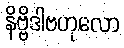
နိဗ္ဗိဒါဗဟုလော